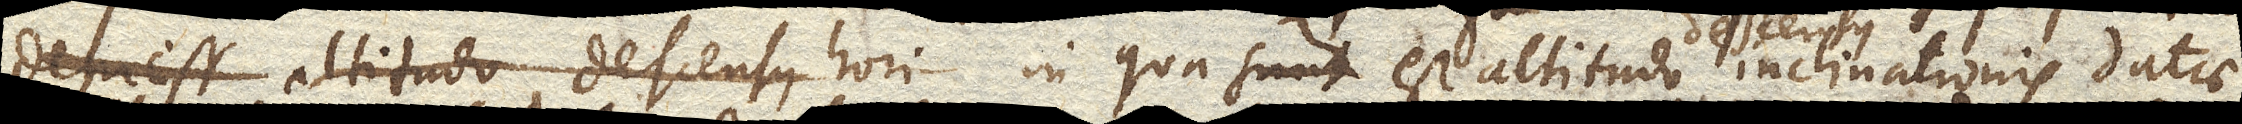
altitudo descensus hori in qua est altitudo inclinationis datae,